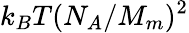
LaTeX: k_{B}T(N_{A}/M_{m})^{2}